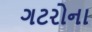
ગટરોના